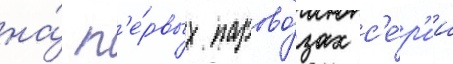
на́ п'е́рвых парово́зах с'е́р'ии